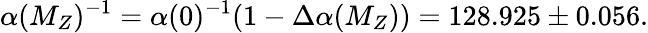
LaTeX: \alpha(M_{Z})^{-1}=\alpha(0)^{-1}(1-\Delta\alpha(M_{Z}))=128.925\pm 0.056.